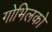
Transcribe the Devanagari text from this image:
गोभिलको